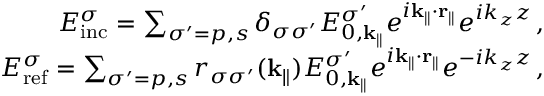
\begin{array} { r } { E _ { \mathrm { i n c } } ^ { \sigma } = \sum _ { \sigma ^ { \prime } = p , s } \delta _ { \sigma \sigma ^ { \prime } } E _ { 0 , \mathbf { k } _ { \| } } ^ { \sigma ^ { \prime } } e ^ { i \mathbf { k } _ { \| } \cdot \mathbf { r } _ { \| } } e ^ { i k _ { z } z } \, , } \\ { E _ { \mathrm { r e f } } ^ { \sigma } = \sum _ { \sigma ^ { \prime } = p , s } r _ { \sigma \sigma ^ { \prime } } ( \mathbf { k } _ { \| } ) E _ { 0 , \mathbf { k } _ { \| } } ^ { \sigma ^ { \prime } } e ^ { i \mathbf { k } _ { \| } \cdot \mathbf { r } _ { \| } } e ^ { - i k _ { z } z } \, , } \end{array}